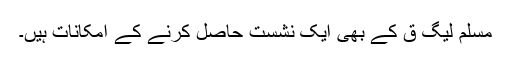
مسلم لیگ ق کے بھی ایک نشست حاصل کرنے کے امکانات ہیں۔